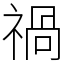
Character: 禍